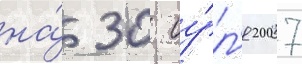
на́ 30 иу́л'я 2007